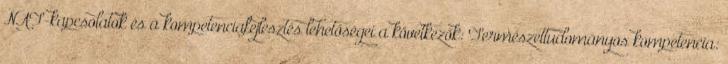
NAT-kapcsolatok és a kompetenciafejlesztés lehetőségei a következők: Természettudományos kompetencia: